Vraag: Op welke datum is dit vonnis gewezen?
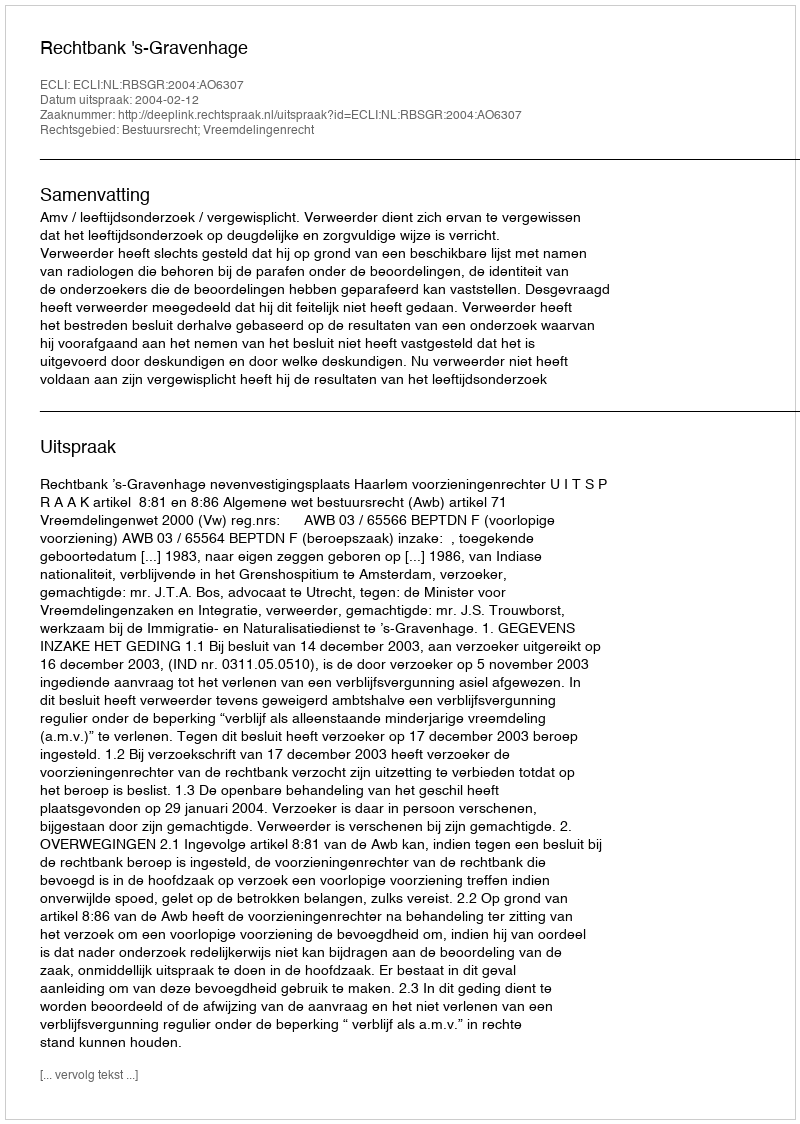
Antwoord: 2004-02-12